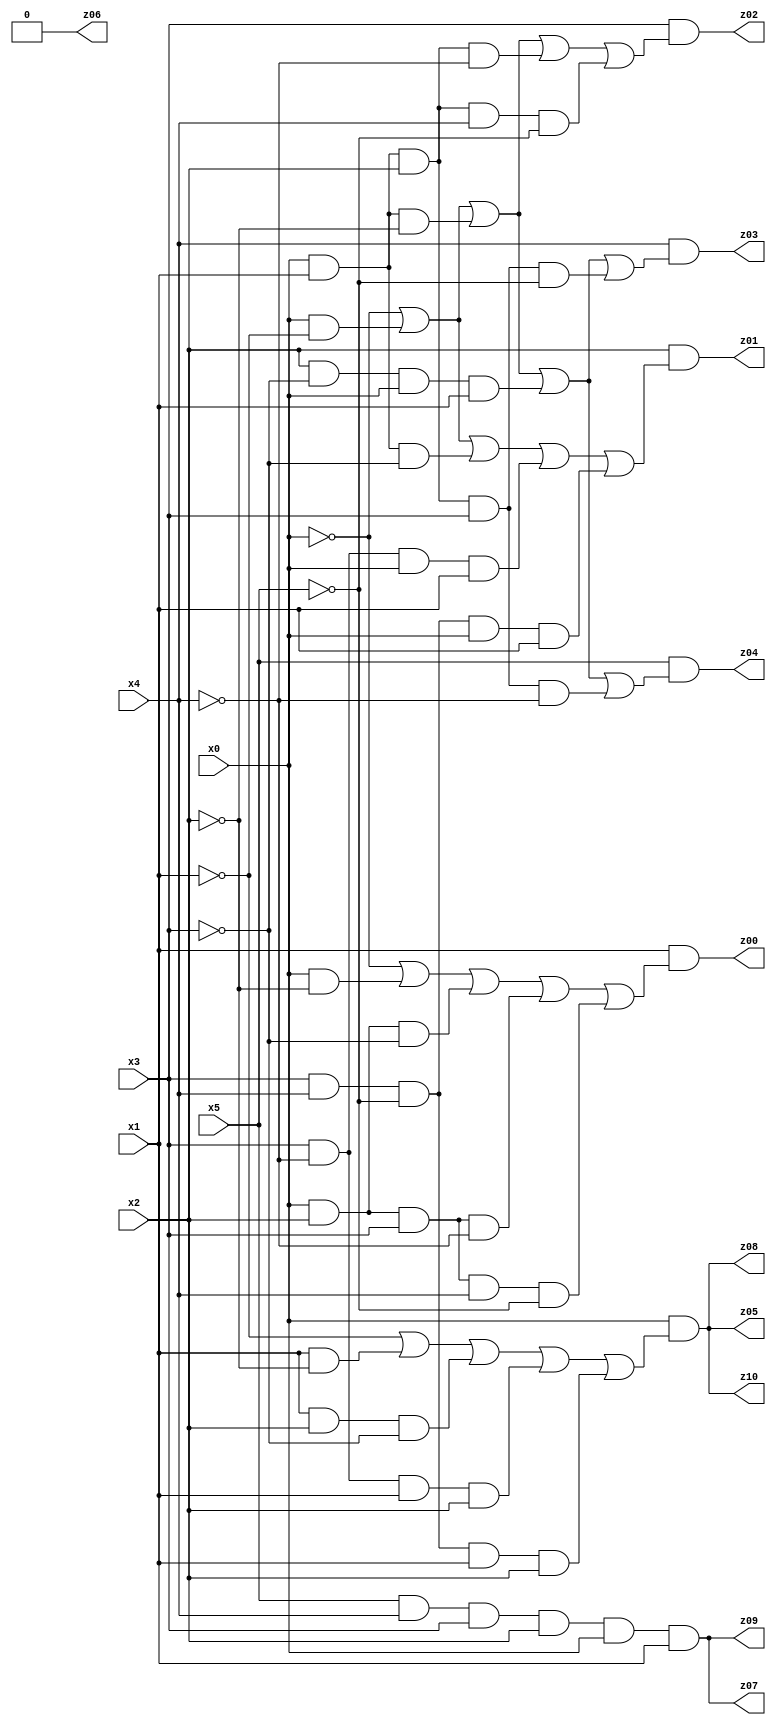
// Benchmark "X_2" written by ABC on Sat Jun 03 16:50:46 2023

module X_2 ( 
    x0, x1, x2, x3, x4, x5,
    z00, z01, z02, z03, z04, z05, z06, z07, z08, z09, z10  );
  input  x0, x1, x2, x3, x4, x5;
  output z00, z01, z02, z03, z04, z05, z06, z07, z08, z09, z10;
  assign z00 = x1 & (~x0 | (x0 & ~x2) | (x0 & x2 & ~x3) | (x0 & x2 & x3 & ~x4) | (x0 & x2 & x3 & x4 & ~x5));
  assign z01 = x2 & (~x0 | (x0 & ~x1) | (x0 & x1 & ~x3) | (x3 & ~x4 & x0 & x1) | (x3 & x4 & ~x5 & x0 & x1));
  assign z02 = x3 & (~x0 | (x0 & ~x1) | (x0 & x1 & ~x2) | (x0 & x1 & x2 & ~x4) | (x0 & x1 & x2 & x4 & ~x5));
  assign z03 = x4 & (~x0 | (x0 & ~x1) | (x0 & x1 & ~x2) | (x2 & ~x3 & x0 & x1) | (x0 & x1 & x2 & x3 & ~x5));
  assign z04 = x5 & (~x0 | (x0 & ~x1) | (x0 & x1 & ~x2) | (x2 & ~x3 & x0 & x1) | (x0 & x1 & x2 & x3 & ~x4));
  assign z05 = x0 & (~x1 | (x1 & ~x2) | (x1 & x2 & ~x3) | (x3 & ~x4 & x1 & x2) | (x3 & x4 & ~x5 & x1 & x2));
  assign z06 = 1'b0;
  assign z07 = x5 & x4 & x3 & x2 & x0 & x1;
  assign z08 = x0 & (~x1 | (x1 & ~x2) | (x1 & x2 & ~x3) | (x3 & ~x4 & x1 & x2) | (x3 & x4 & ~x5 & x1 & x2));
  assign z09 = x5 & x4 & x3 & x2 & x0 & x1;
  assign z10 = x0 & (~x1 | (x1 & ~x2) | (x1 & x2 & ~x3) | (x3 & ~x4 & x1 & x2) | (x3 & x4 & ~x5 & x1 & x2));
endmodule